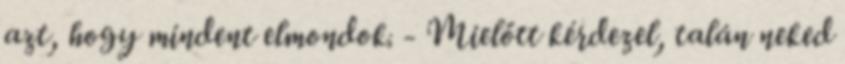
azt, hogy mindent elmondok. - Mielőtt kérdezel, talán neked